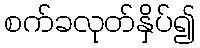
စက်ခလုတ်နှိပ်၍